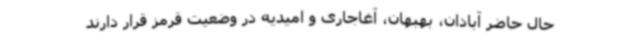
حال حاضر آبادان، بهبهان، آغاجاری و امیدیه در وضعیت قرمز قرار دارند